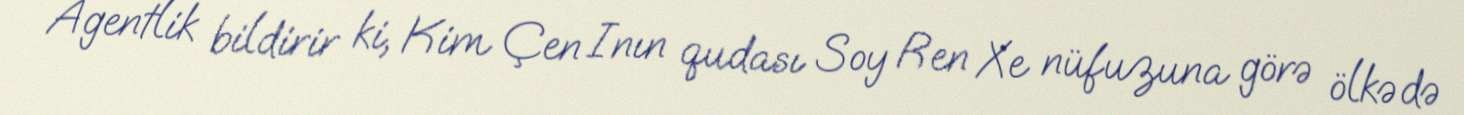
Agentlik bildirir ki, Kim Çen Inın qudası Soy Ren Xe nüfuzuna görə ölkədə